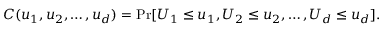
C ( u _ { 1 } , u _ { 2 } , \dots , u _ { d } ) = \operatorname* { P r } [ U _ { 1 } \leq u _ { 1 } , U _ { 2 } \leq u _ { 2 } , \dots , U _ { d } \leq u _ { d } ] .